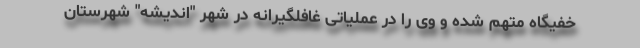
خفیگاه متهم شده و وی را در عملیاتی غافلگیرانه در شهر "اندیشه" شهرستان